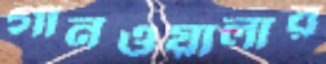
গানওয়ালার